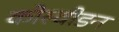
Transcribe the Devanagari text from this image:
कोस्वीडन